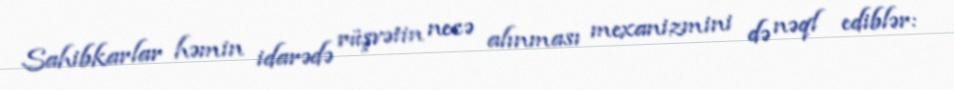
Sahibkarlar həmin idarədə rüşvətin necə alınması mexanizmini də nəql ediblər: